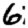
Digit: 6